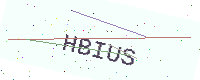
Text: HBIUS